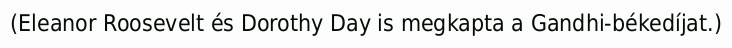
(Eleanor Roosevelt és Dorothy Day is megkapta a Gandhi-békedíjat.)